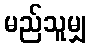
မည်သူမျှ